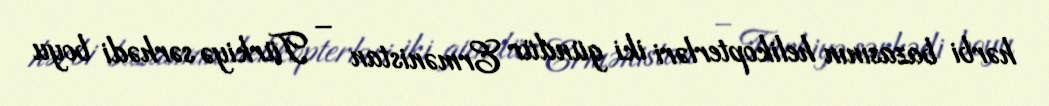
hərbi bazasının helikopterləri iki gündür Ermənistan – Türkiyə sərhədi boyu